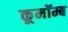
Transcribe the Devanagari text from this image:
कूमॉम्ब